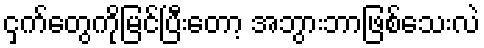
ငှက်တွေကိုမြင်ပြီးတော့ အဘွားဘာဖြစ်သေးလဲ